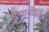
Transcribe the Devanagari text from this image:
हुमानोइड